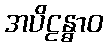
အပိဠန္ဓာဝ